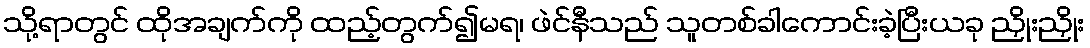
သို့ရာတွင် ထိုအချက်ကို ထည့်တွက်၍မရ၊ ဖဲင်နီသည် သူတစ်ခါကောင်းခဲ့ပြီးယခု ညှိုးညှိုး